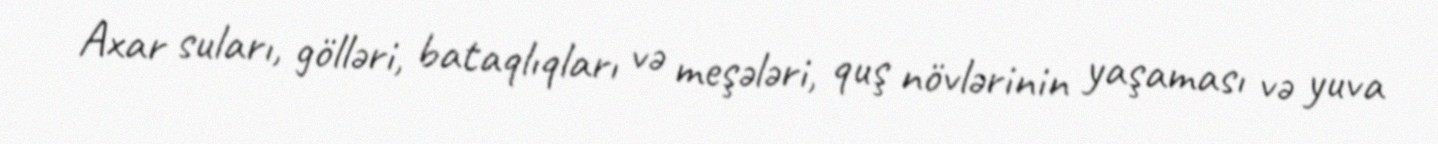
Axar suları, gölləri, bataqlıqları və meşələri, quş növlərinin yaşaması və yuva